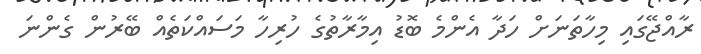
ރާއްޖޭގައި މިހާތަނަށް ހަދާ އެންމެ ބޮޑު އިމާރާތުގެ ހުރިހާ މަސައްކަތެއް ބޭރުން ގެންނަ